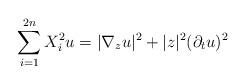
LaTeX: \begin{align*} \sum_{i=1}^{2n}X_i^2 u= |\nabla_z u|^2 + |z|^2 (\partial_t u)^2 \end{align*}